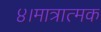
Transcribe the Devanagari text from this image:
४।मात्रात्मक